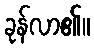
ခုန်လာ၏။